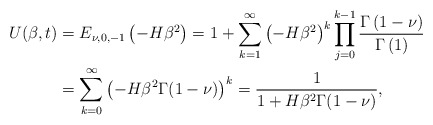
\begin{align*}U(\beta,t)& = E_{\nu, 0, -1} \left(- H \beta^2 \right)=1+\sum_{k=1}^\infty \left(-H\beta^2\right)^k \prod_{j=0}^{k-1}\frac{ \Gamma \left(1-\nu \right)}{\Gamma \left(1\right)}\\ &= \sum_{k=0}^\infty \left(-H\beta^2\Gamma(1-\nu)\right)^k=\frac{1}{1+H\beta^2\Gamma(1-\nu)}, \end{align*}